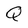
Character: Q